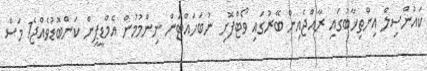
ކައުންސިލް އިންތިޚާބުގައި ރާއްޖެއިން ބޭރުގައި ވޯޓްފޮށި ނުބަހައްޓަން ނިންމުމުން އެމްޑީޕީން ކަންބޮޑުވެއްޖެ1 މަސް